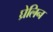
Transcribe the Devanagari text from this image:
घ्रेलिन